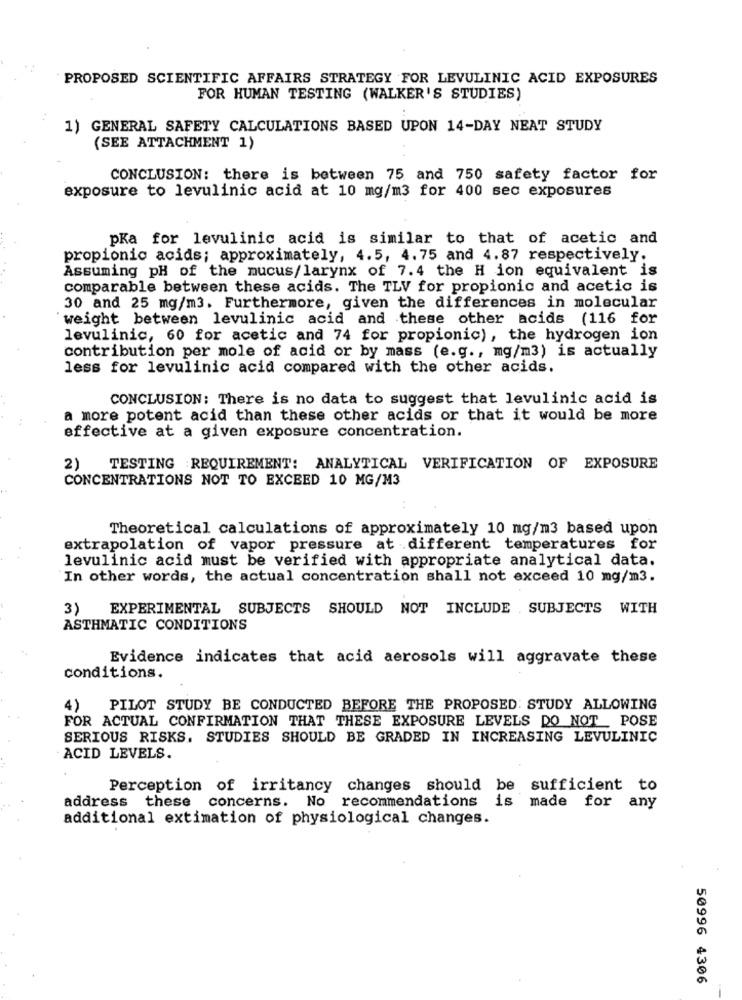
PROPOSED SCIENTIFIC AFFAIRS STRATEGY FOR LEVULINIC ACID EXPOSURES
FOR HUMAN TESTING (WALKER'S STUDIES)
1) GENERAL SAFETY CALCULATIONS BASED UPON 14-DAY NEAT STUDY
(SEE ATTACHMENT 1)
CONCLUSION: there is between 75 and 750 safety factor for
exposure to levulinic acid at 10 mg/m3 for 400 sec exposures
pKa for levulinic acid is similar to that of acetic and
propionic acids; approximately, 4.5, 4.75 and 4.87 respectively.
Assuming pH of the mucus/larynx of 7.4 the H ion equivalent is
comparable between these acids. The TLV for propionic and acetic is
30 and 25 mg/m3. Furthermore, given the differences in molecular
weight between levulinic acid and these other acids (116 for
levulinic, 60 for acetic and 74 for propionic), the hydrogen ion
contribution per mole of acid or by mass (e.g ., mg/m3) is actually
less for levulinic acid compared with the other acids.
CONCLUSION: There is no data to suggest that levulinic acid is
a more potent acid than these other acids or that it would be more
effective at a given exposure concentration.
2)
TESTING REQUIREMENT: ANALYTICAL VERIFICATION OF EXPOSURE
CONCENTRATIONS NOT TO EXCEED 10 MG/M3
Theoretical calculations of approximately 10 mg/m3 based upon
extrapolation of vapor pressure at different temperatures for
levulinic acid must be verified with appropriate analytical data.
In other words, the actual concentration shall not exceed 10 mg/m3.
3)
EXPERIMENTAL SUBJECTS SHOULD NOT INCLUDE . SUBJECTS WITH
ASTHMATIC CONDITIONS
Evidence indicates that acid aerosols will aggravate these
conditions.
4)
PILOT STUDY BE CONDUCTED BEFORE THE PROPOSED: STUDY ALLOWING
FOR ACTUAL CONFIRMATION THAT THESE EXPOSURE LEVELS DO NOT . POSE
SERIOUS RISKS. STUDIES SHOULD BE GRADED IN INCREASING LEVULINIC
ACID LEVELS.
Perception of irritancy changes should be sufficient to
address these concerns. No recommendations is made for any
additional extimation of physiological changes.
50996 4306